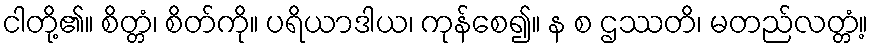
ငါတို့၏။ စိတ္တံ၊ စိတ်ကို။ ပရိယာဒါယ၊ ကုန်စေ၍။ န စ ဌဿတိ၊ မတည်လတ္တံ့။